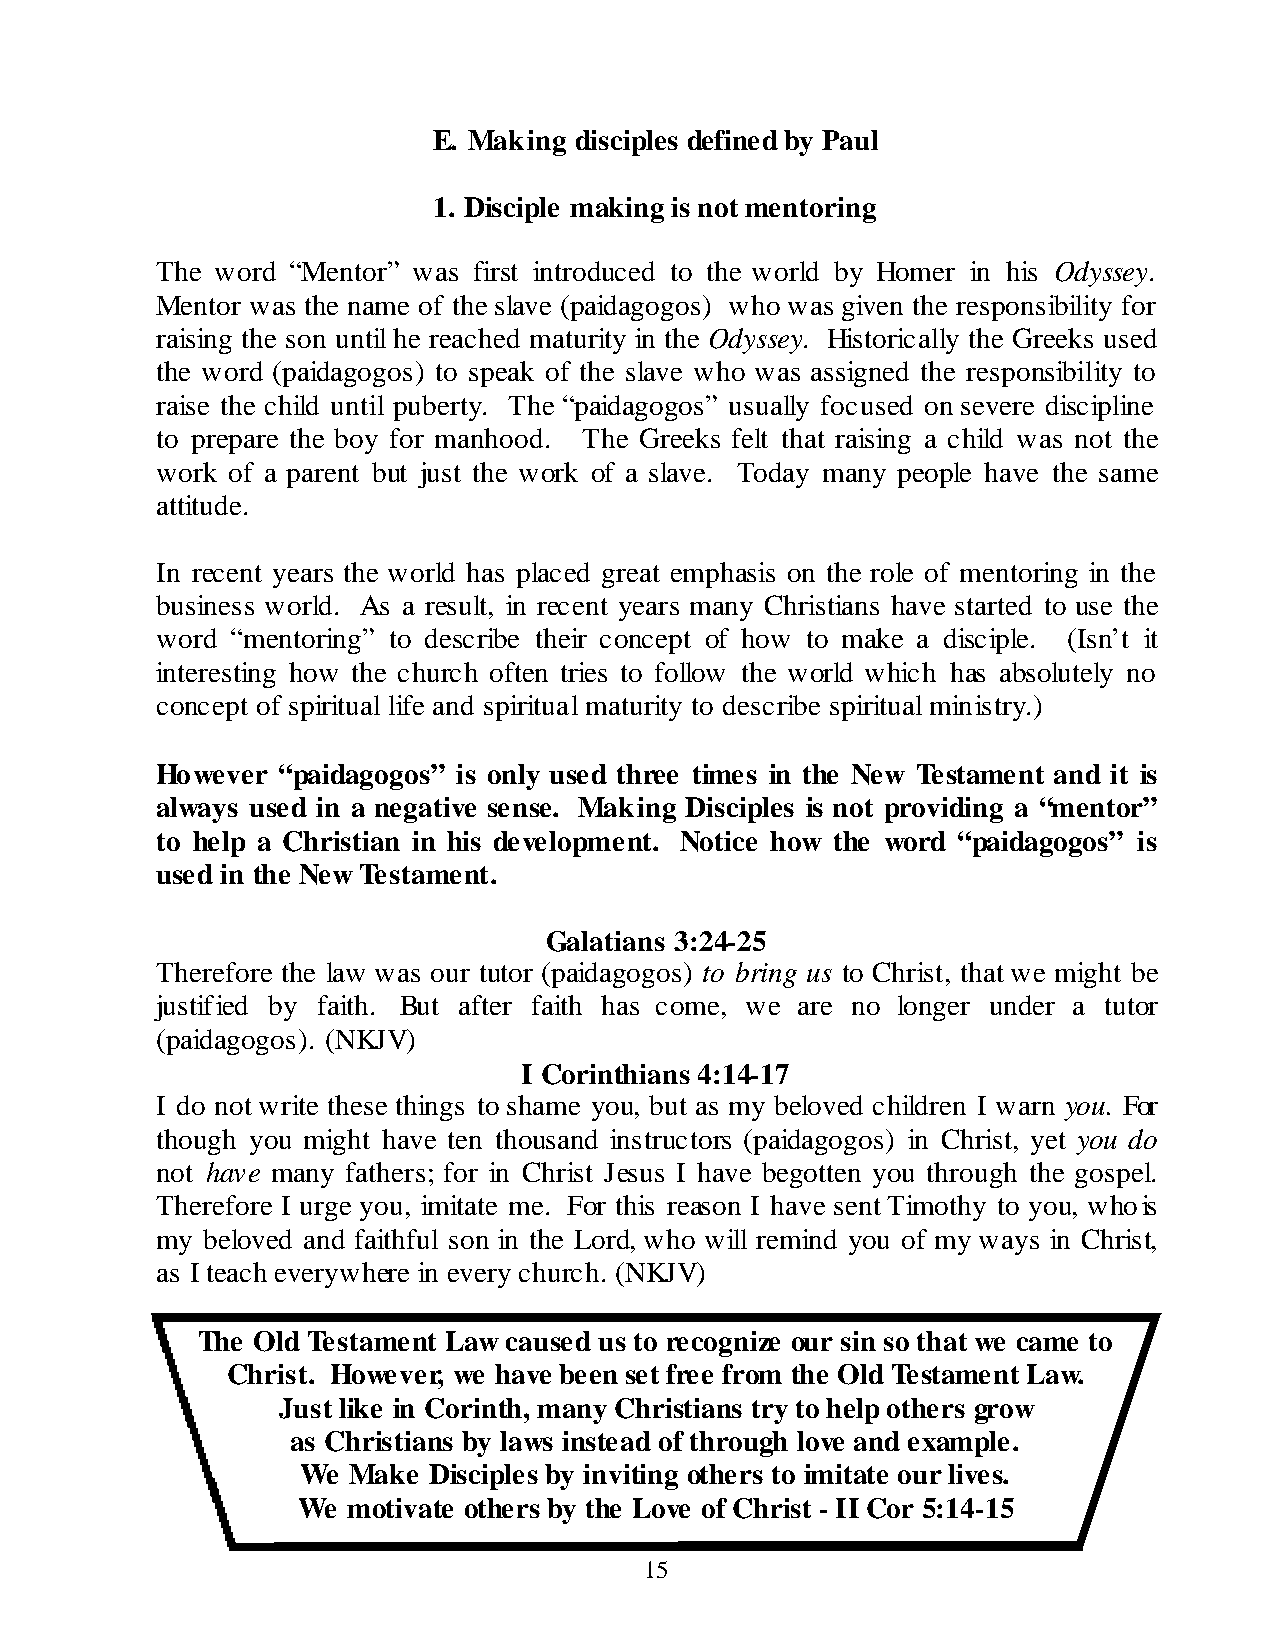
E. Making disciples defined by Paul
 1. Disciple making is not mentoring
 The word “Mentor” was first introduced to the world by Homer in his Odyssey.
 Mentor was the name of the slave (paidagogos) who was given the responsibility for
 raising the son until he reached maturity in the Odyssey. Historically the Greeks used
 the word (paidagogos) to speak of the slave who was assigned the responsibility to
 raise the child until puberty. The “paidagogos” usually focused on severe discipline
 to prepare the boy for manhood. The Greeks felt that raising a child was not the
 work of a parent but just the work of a slave. Today many people have the same
 attitude.
 In recent years the world has placed great emphasis on the role of mentoring in the
 business world. As a result, in recent years many Christians have started to use the
 word “mentoring” to describe their concept of how to make a disciple. (Isn’t it
 interesting how the church often tries to follow the world which has absolutely no
 concept of spiritual life and spiritual maturity to describe spiritual ministry.)
 However “paidagogos” is only used three times in the New Testament and it is
 always used in a negative sense. Making Disciples is not providing a “mentor”
 to help a Christian in his development. Notice how the word “paidagogos” is
 used in the New Testament.
 Galatians 3:24-25
 Therefore the law was our tutor (paidagogos) to bring us to Christ, that we might be
 justified by faith. But after faith has come, we are no longer under a tutor
 (paidagogos). (NKJV)
 I Corinthians 4:14-17
 I do not write these things to shame you, but as my beloved children I warn you. For
 though you might have ten thousand instructors (paidagogos) in Christ, yet you do
 not have many fathers; for in Christ Jesus I have begotten you through the gospel.
 Therefore I urge you, imitate me. For this reason I have sent Timothy to you, who is
 my  beloved and faithful son in the Lord, who will remind you of my ways in Christ,
 as I teach everywhere in every church. (NKJV)
 The Old Testament Law caused us to recognize our sin so that we came to
 Christ. However, we have been set free from the Old Testament Law.
 Just like in Corinth, many Christians try to help others grow
 as Christians by laws instead of through love and example.
 We Make Disciples by inviting others to imitate our lives.
 We motivate others by the Love of Christ - II Cor 5:14-15
 15